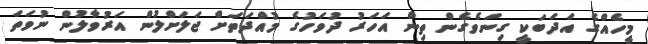
މީހެއްގެ އަދަބަކީ ގިނަވެގެން ތިން އަހަރު ދުވަހުގެ މުއްދަތަށް ޖަލަށްލުން އަރުވާލުން ނުވަތަ